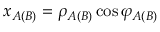
x _ { A ( B ) } = \rho _ { A ( B ) } \cos \varphi _ { A ( B ) }